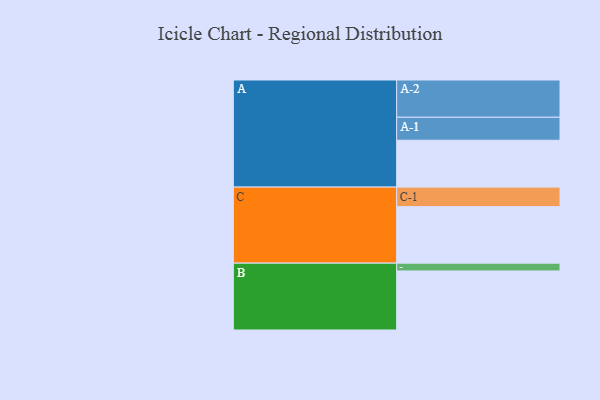
{"axis": {"x": "Segment", "y": "Value"}, "legend": ["", "A", "B", "C"], "data": [{"x": "A", "y": 312, "type": ""}, {"x": "B", "y": 393, "type": ""}, {"x": "C", "y": 376, "type": ""}, {"x": "A-1", "y": 153, "type": "A"}, {"x": "A-2", "y": 248, "type": "A"}, {"x": "B-1", "y": 52, "type": "B"}, {"x": "C-1", "y": 130, "type": "C"}]}